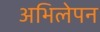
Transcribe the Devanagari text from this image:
अभिलेपन